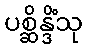
ပစ္ဆိန္ဒိံသု